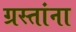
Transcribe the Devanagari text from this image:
ग्रस्तांना